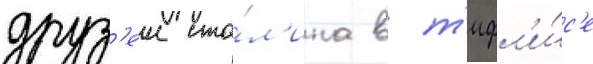
друз'еи ста́л'ина в т'ифл'и́с'е